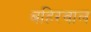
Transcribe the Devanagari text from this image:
बहिरवाल